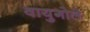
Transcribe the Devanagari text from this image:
वायुगोले